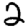
Digit: 2